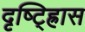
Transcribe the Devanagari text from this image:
दृष्ट्ह्रािस